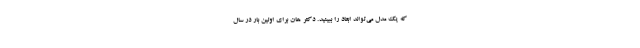
که یک مدل می‌تواند ابعاد را ببینید. دکتر هان برای اولین بار در سال